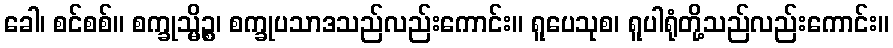
ခေါ၊ စင်စစ်။ စက္ခုသ္မိဉ္စ၊ စက္ခုပသာဒသည်လည်းကောင်း။ ရူပေသုစ၊ ရူပါရုံတို့သည်လည်းကောင်း။